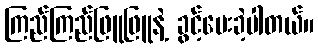
ကြည်ကြည်ဖြူဖြူနဲ့ ခွင့်ပေးခဲ့ပါတယ်။